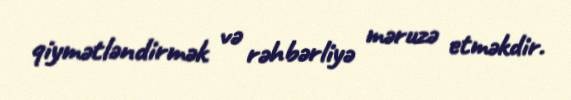
qiymətləndirmək və rəhbərliyə məruzə etməkdir.